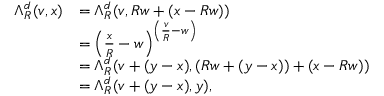
\begin{array} { r l } { \Lambda _ { R } ^ { d } ( v , x ) } & { = \Lambda _ { R } ^ { d } ( v , R w + ( x - R w ) ) } \\ & { = \left( \frac x R - w \right) ^ { \left( \frac v R - w \right) } } \\ & { = \Lambda _ { R } ^ { d } ( v + ( y - x ) , ( R w + ( y - x ) ) + ( x - R w ) ) } \\ & { = \Lambda _ { R } ^ { d } ( v + ( y - x ) , y ) , } \end{array}